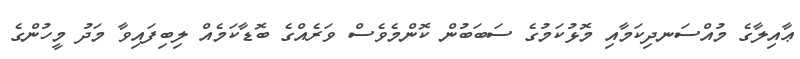
ޢާއިލާގެ މުއްސަނދިކަމާއި މޮޅުކަމުގެ ސަބަބުން ކޮންމެވެސް ވަރެއްގެ ބޮޑާކަމެއް ލިބިފައިވާ މަދު މީހުންގެ